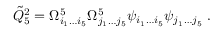
{ \tilde { Q } } _ { 5 } ^ { 2 } = \Omega _ { i _ { 1 } \dots i _ { 5 } } ^ { 5 } \Omega _ { j _ { 1 } \dots j _ { 5 } } ^ { 5 } \psi _ { i _ { 1 } \dots i _ { 5 } } \psi _ { j _ { 1 } \dots j _ { 5 } } \ .